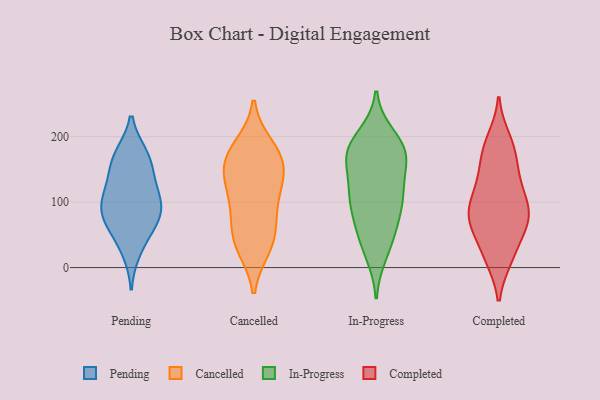
{"axis": {"x": "Headcount", "y": "Value"}, "legend": ["Cancelled", "Completed", "In-Progress", "Pending"], "data": [{"x": "", "y": 26, "type": "Pending"}, {"x": "", "y": 81, "type": "Pending"}, {"x": "", "y": 171, "type": "Pending"}, {"x": "", "y": 97, "type": "Pending"}, {"x": "", "y": 128, "type": "Pending"}, {"x": "", "y": 169, "type": "Pending"}, {"x": "", "y": 95, "type": "Pending"}, {"x": "", "y": 125, "type": "Pending"}, {"x": "", "y": 56, "type": "Pending"}, {"x": "", "y": 162, "type": "Pending"}, {"x": "", "y": 91, "type": "Pending"}, {"x": "", "y": 68, "type": "Pending"}, {"x": "", "y": 32, "type": "Cancelled"}, {"x": "", "y": 107, "type": "Cancelled"}, {"x": "", "y": 140, "type": "Cancelled"}, {"x": "", "y": 168, "type": "Cancelled"}, {"x": "", "y": 101, "type": "Cancelled"}, {"x": "", "y": 170, "type": "Cancelled"}, {"x": "", "y": 40, "type": "Cancelled"}, {"x": "", "y": 184, "type": "Cancelled"}, {"x": "", "y": 160, "type": "Cancelled"}, {"x": "", "y": 137, "type": "Cancelled"}, {"x": "", "y": 44, "type": "Cancelled"}, {"x": "", "y": 72, "type": "Cancelled"}, {"x": "", "y": 69, "type": "In-Progress"}, {"x": "", "y": 169, "type": "In-Progress"}, {"x": "", "y": 113, "type": "In-Progress"}, {"x": "", "y": 55, "type": "In-Progress"}, {"x": "", "y": 170, "type": "In-Progress"}, {"x": "", "y": 39, "type": "In-Progress"}, {"x": "", "y": 173, "type": "In-Progress"}, {"x": "", "y": 112, "type": "In-Progress"}, {"x": "", "y": 168, "type": "In-Progress"}, {"x": "", "y": 180, "type": "In-Progress"}, {"x": "", "y": 98, "type": "In-Progress"}, {"x": "", "y": 100, "type": "In-Progress"}, {"x": "", "y": 22, "type": "In-Progress"}, {"x": "", "y": 200, "type": "In-Progress"}, {"x": "", "y": 120, "type": "In-Progress"}, {"x": "", "y": 184, "type": "In-Progress"}, {"x": "", "y": 195, "type": "Completed"}, {"x": "", "y": 163, "type": "Completed"}, {"x": "", "y": 96, "type": "Completed"}, {"x": "", "y": 119, "type": "Completed"}, {"x": "", "y": 81, "type": "Completed"}, {"x": "", "y": 64, "type": "Completed"}, {"x": "", "y": 129, "type": "Completed"}, {"x": "", "y": 75, "type": "Completed"}, {"x": "", "y": 186, "type": "Completed"}, {"x": "", "y": 19, "type": "Completed"}, {"x": "", "y": 15, "type": "Completed"}, {"x": "", "y": 138, "type": "Completed"}, {"x": "", "y": 64, "type": "Completed"}, {"x": "", "y": 176, "type": "Completed"}, {"x": "", "y": 73, "type": "Completed"}, {"x": "", "y": 100, "type": "Completed"}, {"x": "", "y": 74, "type": "Completed"}, {"x": "", "y": 17, "type": "Completed"}]}